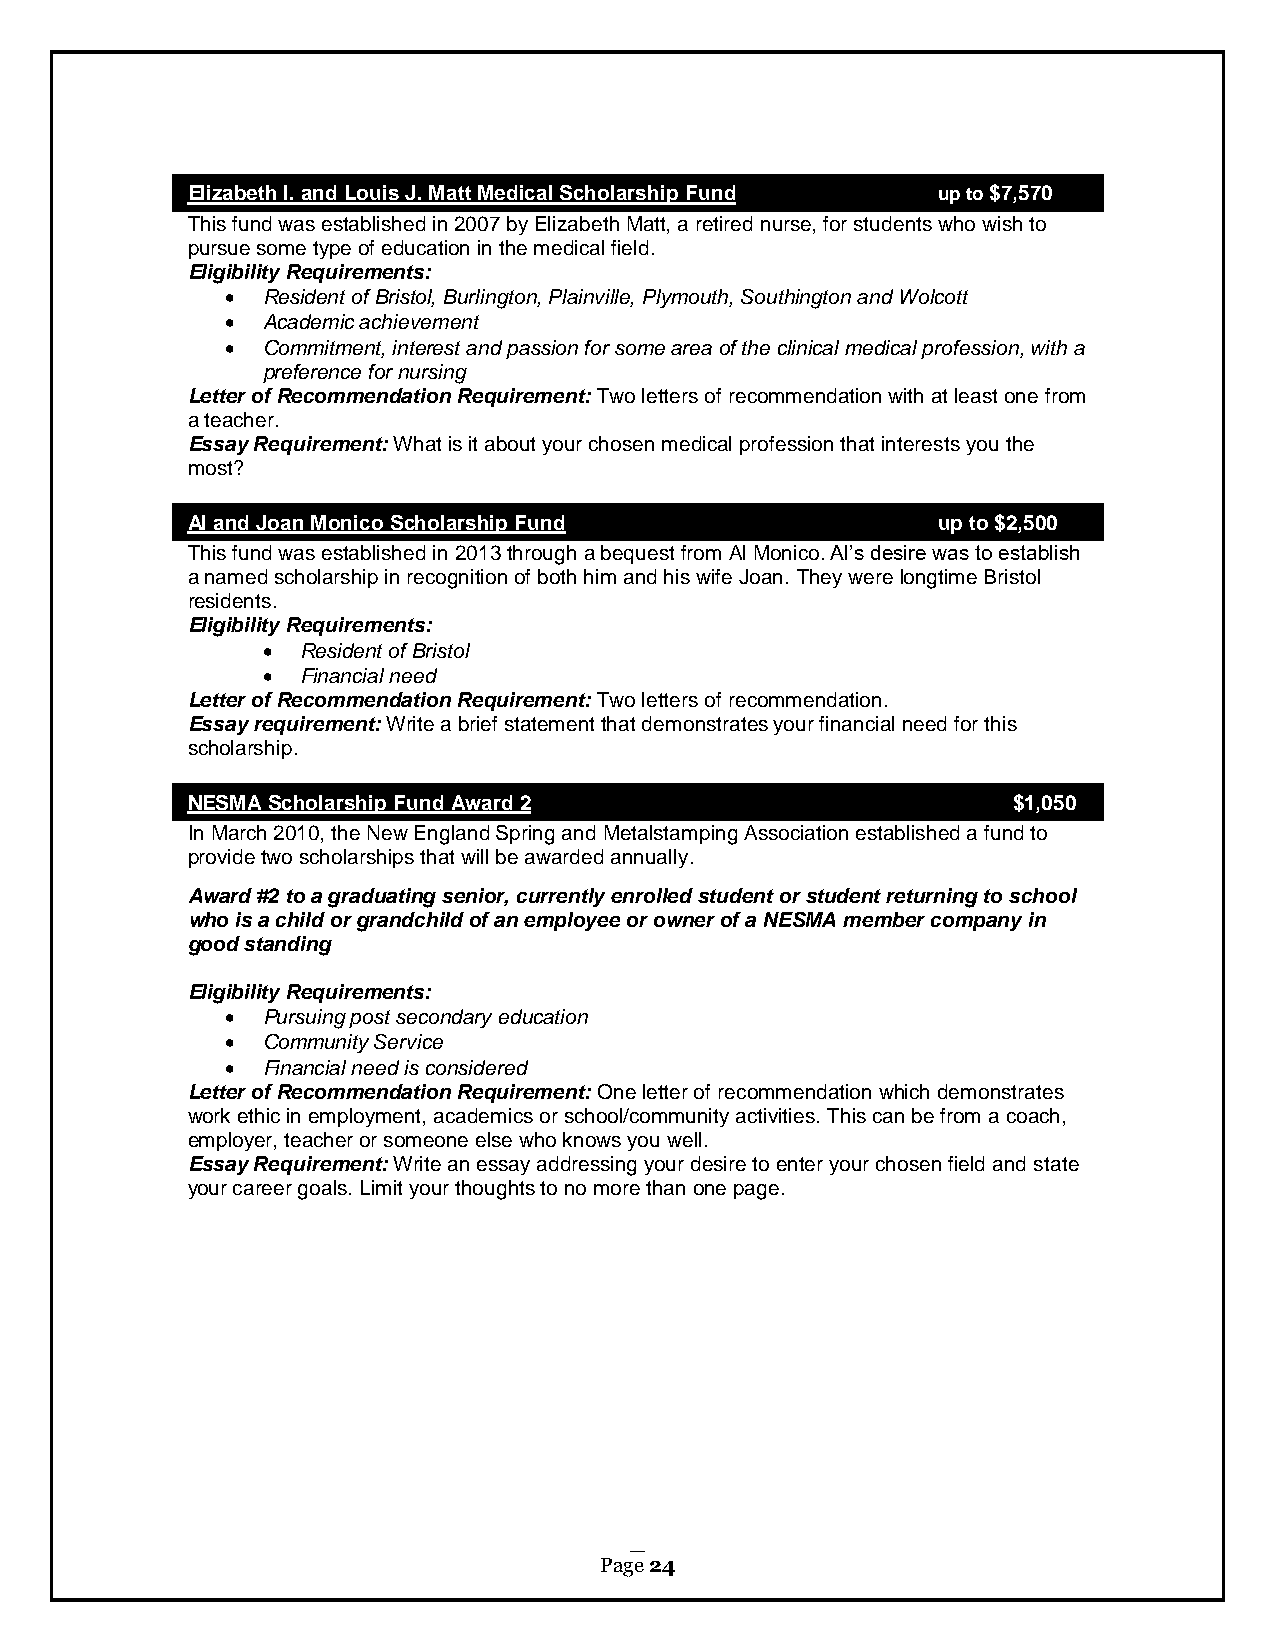
Elizabeth I. and Louis J. Matt Medical Scholarship Fund up to $7,570
 This fund was established in 2007 by Elizabeth Matt, a retired nurse, for students who wish to
 pursue some type of education in the medical field.
 Eligibility Requirements:
  Resident of Bristol, Burlington, Plainville, Plymouth, Southington and Wolcott
  Academic achievement
  Commitment, interest and passion for some area of the clinical medical profession, with a
 preference for nursing
 Letter of Recommendation Requirement: Two letters of recommendation with at least one from
 a teacher.
 Essay Requirement: What is it about your chosen medical profession that interests you the
 most?
 Al and Joan Monico Scholarship Fund               up to $2,500
 This fund was established in 2013 through a bequest from Al Monico. Al’s desire was to establish
 a named scholarship in recognition of both him and his wife Joan. They were longtime Bristol
 residents.
 Eligibility Requirements:
   Resident of Bristol
   Financial need
 Letter of Recommendation Requirement: Two letters of recommendation.
 Essay requirement: Write a brief statement that demonstrates your financial need for this
 scholarship.
 NESMA Scholarship Fund Award 2                         $1,050
 In March 2010, the New England Spring and Metalstamping Association established a fund to
 provide two scholarships that will be awarded annually.
 Award #2 to a graduating senior, currently enrolled student or student returning to school
 who is a child or grandchild of an employee or owner of a NESMA member company in
 good standing
 Eligibility Requirements:
  Pursuing post secondary education
  Community Service
  Financial need is considered
 Letter of Recommendation Requirement: One letter of recommendation which demonstrates
 work ethic in employment, academics or school/community activities. This can be from a coach,
 employer, teacher or someone else who knows you well.
 Essay Requirement: Write an essay addressing your desire to enter your chosen field and state
 your career goals. Limit your thoughts to no more than one page.
 Page 24